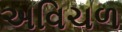
અવિચળ